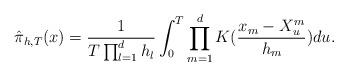
LaTeX: \begin{align*}\hat{\pi}_{h,T}(x) = \frac{1}{T \prod_{l = 1}^d h_l} \int_0^T \prod_{m = 1}^d K(\frac{x_m - X_u^m}{h_m}) du.\end{align*}